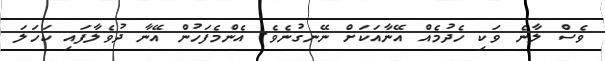
ވެސް ލާނެ ވަކި ހެދުމެއް އޭނާއަކަށް ނޭނގުނެވެ. އެންމެފަހުން އޭނާ ދުވެލާފައި ކަހަލަ